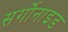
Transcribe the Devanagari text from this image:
सर्गोनाइड